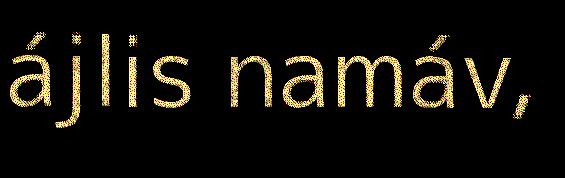
ájlis namáv,